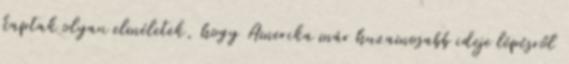
kaptak olyan elméletek, hogy Amerika már huzamosabb ideje lépésről